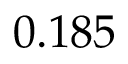
0 . 1 8 5